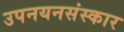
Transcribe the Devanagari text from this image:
उपनयनसंस्कार